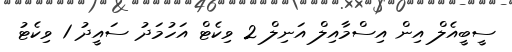
ސީބީއެލް އިން އިސްމާއިލް އަނިލް 2 ވިކެޓް އަހުމަދު ސައީދު 1 ވިކެޓު